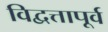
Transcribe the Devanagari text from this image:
विद्वत्तापूर्व